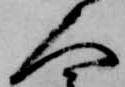
人